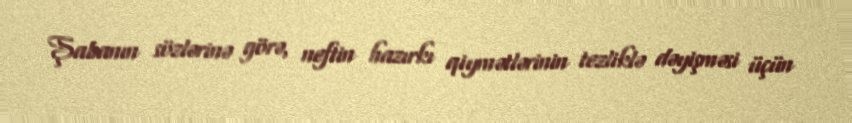
Şabanın sözlərinə görə, neftin hazırkı qiymətlərinin tezliklə dəyişməsi üçün